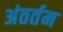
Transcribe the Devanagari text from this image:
अंतर्तम